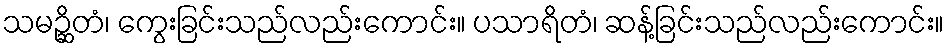
သမဉ္ဆိတံ၊ ကွေးခြင်းသည်လည်းကောင်း။ ပသာရိတံ၊ ဆန့်ခြင်းသည်လည်းကောင်း။